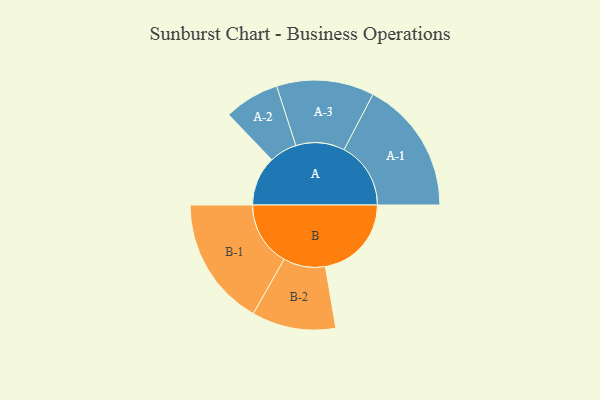
{"axis": {"x": "Segment", "y": "Value"}, "legend": ["", "A", "B"], "data": [{"x": "A", "y": 190, "type": ""}, {"x": "B", "y": 330, "type": ""}, {"x": "A-1", "y": 256, "type": "A"}, {"x": "A-2", "y": 106, "type": "A"}, {"x": "A-3", "y": 187, "type": "A"}, {"x": "B-1", "y": 248, "type": "B"}, {"x": "B-2", "y": 161, "type": "B"}]}